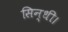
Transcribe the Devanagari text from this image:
सिन्धी।